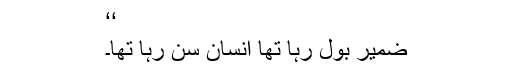
‘‘
ضمیر بول رہا تھا انسان سن رہا تھا۔